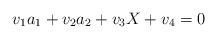
LaTeX: \begin{align*}v_1a_1+v_2 a_2+v_3 X+v_4=0\end{align*}